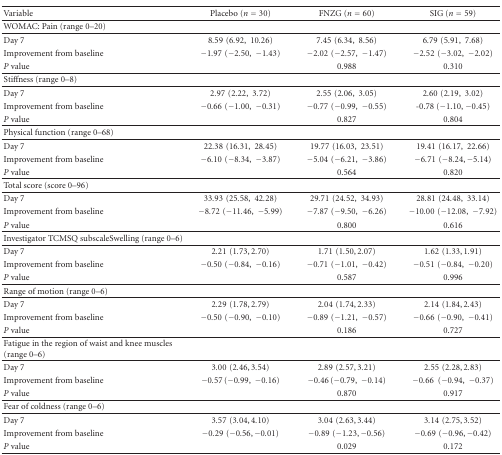
<table><thead><tr><td><b>Variable</b></td><td><b>Placebo (<i>n</i> = 30)</b></td><td><b>FNZG (<i>n</i> = 60)</b></td><td><b>SIG (<i>n</i> = 59)</b></td></tr></thead><tbody><tr><td>WOMAC: Pain (range 0–20)</td><td></td><td></td><td></td></tr><tr><td>Day 7</td><td>8.59(6.92, 10.26)</td><td>7.45(6.34, 8.56)</td><td>6.79(5.91, 7.68)</td></tr><tr><td>Improvement from baseline</td><td>−1.97(−2.50, − 1.43)</td><td>−2.02(−2.57, − 1.47)</td><td>−2.52(−3.02, − 2.02)</td></tr><tr><td><i>P </i>value</td><td></td><td>0.988</td><td>0.310</td></tr><tr><td>Stiffness (range 0–8)</td><td></td><td></td><td></td></tr><tr><td>Day 7</td><td>2.97(2.22, 3.72)</td><td>2.55(2.06, 3.05)</td><td>2.60(2.19, 3.02)</td></tr><tr><td>Improvement from baseline</td><td>−0.66(−1.00, − 0.31)</td><td>−0.77(−0.99, − 0.55)</td><td>-0.78 (−1.10, −0.45)</td></tr><tr><td><i>P </i>value</td><td></td><td>0.827</td><td>0.804</td></tr><tr><td>Physical function (range 0–68)</td><td></td><td></td><td></td></tr><tr><td>Day 7</td><td>22.38(16.31, 28.45)</td><td>19.77(16.03, 23.51)</td><td>19.41(16.17, 22.66)</td></tr><tr><td>Improvement from baseline</td><td>−6.10(−8.34, − 3.87)</td><td>−5.04(−6.21, − 3.86)</td><td>−6.71(−8.24, −5.14)</td></tr><tr><td><i>P </i>value</td><td></td><td>0.564</td><td>0.820</td></tr><tr><td>Total score (score 0–96)</td><td></td><td></td><td></td></tr><tr><td>Day 7</td><td>33.93(25.58, 42.28)</td><td>29.71(24.52, 34.93)</td><td>28.81(24.48, 33.14)</td></tr><tr><td>Improvement from baseline</td><td>−8.72(−11.46, − 5.99)</td><td>−7.87(−9.50, − 6.26)</td><td>−10.00(−12.08, − 7.92)</td></tr><tr><td><i>P </i>value</td><td></td><td>0.800</td><td>0.616</td></tr><tr><td>Investigator TCMSQ subscaleSwelling (range 0–6)</td><td></td><td></td><td></td></tr><tr><td> Day 7</td><td>2.21(1.73,2.70)</td><td>1.71(1.50,2.07)</td><td>1.62(1.33,1.91)</td></tr><tr><td>Improvement from baseline</td><td>−0.50(−0.84, − 0.16)</td><td>−0.71(−1.01, − 0.42)</td><td>−0.51(−0.84, − 0.20)</td></tr><tr><td><i>P</i> value</td><td></td><td>0.587</td><td>0.996</td></tr><tr><td>Range of motion (range 0–6)</td><td></td><td></td><td></td></tr><tr><td>Day 7</td><td>2.29(1.78,2.79)</td><td>2.04(1.74,2.33)</td><td>2.14(1.84,2.43)</td></tr><tr><td>Improvement from baseline</td><td>−0.50(−0.90, − 0.10)</td><td>−0.89(−1.21, − 0.57)</td><td>−0.66(−0.90, − 0.41)</td></tr><tr><td><i>P</i> value</td><td></td><td>0.186</td><td>0.727</td></tr><tr><td>Fatigue in the region of waist and knee muscles (range 0–6)</td><td></td><td></td><td></td></tr><tr><td>Day 7</td><td>3.00(2.46,3.54)</td><td>2.89(2.57,3.21)</td><td>2.55(2.28,2.83)</td></tr><tr><td>Improvement from baseline</td><td>−0.57 (−0.99, − 0.16)</td><td>−0.46 (−0.79, − 0.14)</td><td>−0.66(−0.94, − 0.37)</td></tr><tr><td><i>P</i> value</td><td></td><td>0.870</td><td>0.917</td></tr><tr><td>Fear of coldness (range 0–6)</td><td></td><td></td><td></td></tr><tr><td>Day 7</td><td>3.57(3.04,4.10)</td><td>3.04(2.63,3.44)</td><td>3.14(2.75,3.52)</td></tr><tr><td>Improvement from baseline</td><td>−0.29(−0.56, −0.01)</td><td>−0.89(−1.23, −0.56)</td><td>−0.69(−0.96, −0.42)</td></tr><tr><td><i>P</i> value</td><td></td><td>0.029</td><td>0.172</td></tr></tbody></table>